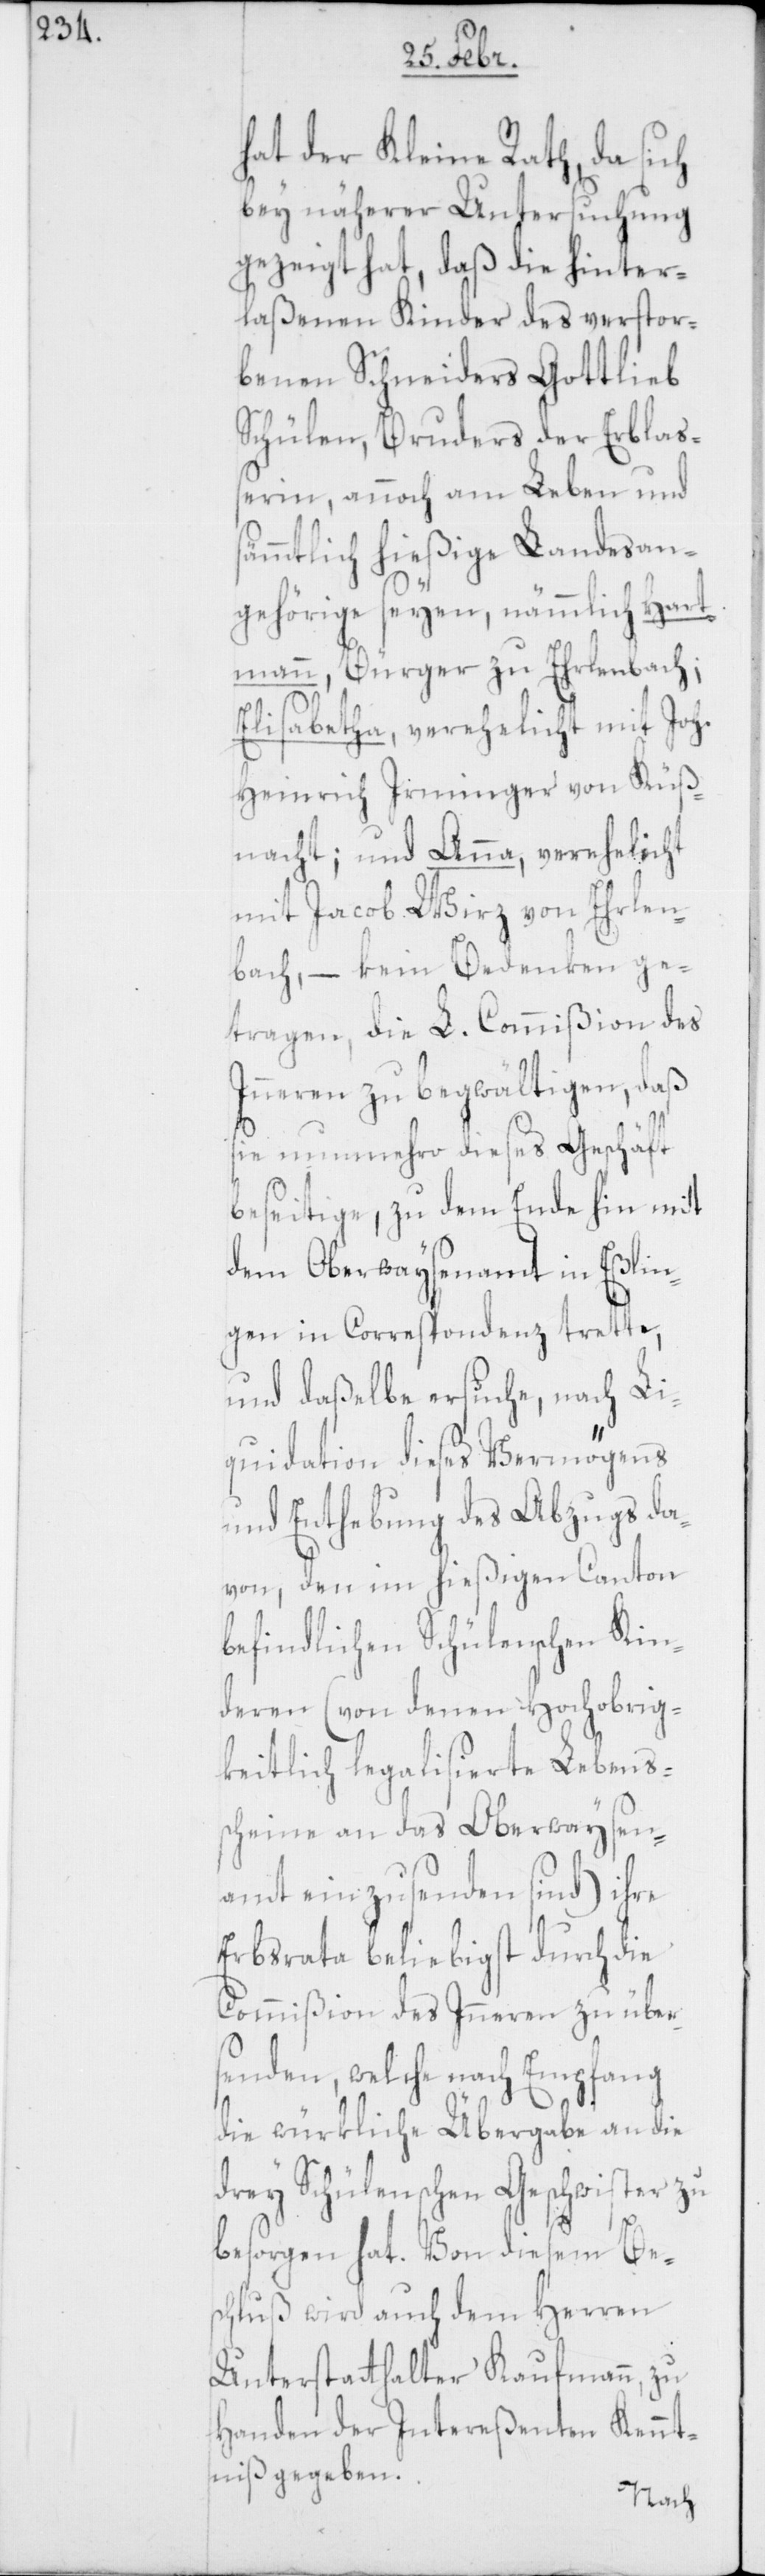
hat der Kleine Rath, da sich
bey näherer Untersuchung
gezeigt hat, daß die hinter¬
laßenen Kinder des verstor¬
benen Schneiders Gottlieb
Schülen, Bruders der Erblaß¬
erin, annoch am Leben und
sämmtlich hießige Landesan¬
gehörige seyen, nämmlich Hart¬
mann, Bürger zu Ehrlenbach;
Elisabetha, verehelicht mit Jo¬
h.Heinrich Irminger von Küß¬
nacht; und Anna, verehelicht
mit Jacob Wirz von Ehrlen¬
bach, – kein Bedenken ge¬
tragen, die L. Commißion des
Inneren zu begwältigen, daß
sie nunmehro dieses Geschäft
beseitige, zu dem Ende hin mit
dem Oberwaysenamt in Eßlin¬
gen in Correspondenz trette,
und daßelbe ersuche, nach Li¬
quidation dieses Vermögens
und Enthebung des Abzugs da¬
von, den im hießigen Canton
befindlichen Schülenschen Kin¬
deren (von denen hochobrig¬
keitlich legalisierte Lebens¬
scheine an das Oberwaysen¬
amt einzusenden sind) ihre
Erbsrata beliebigst durch die
Commißion des Inneren zu über¬
senden, welche nach Empfang
die würkliche Übergabe an die
drey Schülenschen Geschwister zu
besorgen hat. Von diesem Bes¬
chluß wird auch dem Herren
Unterstatthalter Kaufmann, zu
Handen der Intereßenten Kennt¬
niß gegeben.